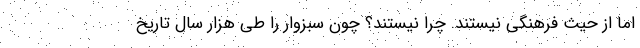
اما از حیث فرهنگی نیستند. چرا نیستند؟ چون سبزوار را طی هزار سال تاریخ